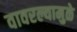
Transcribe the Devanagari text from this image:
वावरल्यामुळे